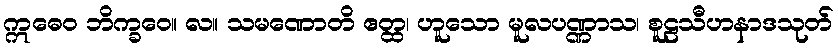
ဣဓေဝ ဘိက္ခဝေ။ လ။ သမဏောတိ ဧတ္ထ၊ ဟူသော မူလပဏ္ဏာသ၊ စူဠသီဟနာဒသုတ်